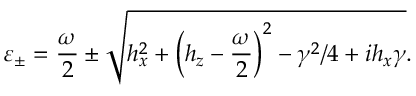
\varepsilon _ { \pm } = \frac { \omega } { 2 } \pm \sqrt { h _ { x } ^ { 2 } + \left( h _ { z } - \frac { \omega } { 2 } \right) ^ { 2 } - \gamma ^ { 2 } / 4 + i h _ { x } \gamma } .